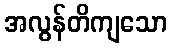
အလွန်တိကျသော